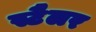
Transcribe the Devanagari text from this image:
स्टैलर